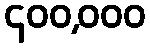
၄၀၀,၀၀၀